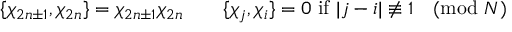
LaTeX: \{ \chi _ { 2 n \pm 1 } , \chi _ { 2 n } \} = \chi _ { 2 n \pm 1 } \chi _ { 2 n } \qquad \{ \chi _ { j } , \chi _ { i } \} = 0 \mathrm { ~ i f ~ } | j - i | \not \equiv 1 \pmod { N }